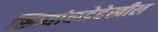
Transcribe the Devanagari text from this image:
स्त्रियांकडेदेखील